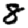
Digit: 8